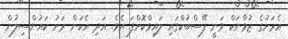
އެރަށުގެ ޒުވާނަކް ވަނީ ފޭސްބުކްގައި ލައިވްކޮށްފަ އެވެ. އަދި އެކަން ރަށު ކައުންސިލުން